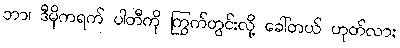
ဘာ၊ ဒီမိုကရက် ပါတီကို ကြွက်တွင်းလို့ ခေါ်တယ် ဟုတ်လား